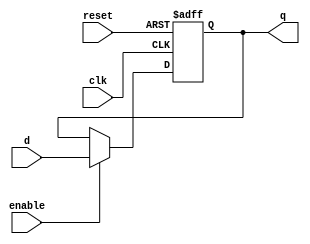
// dffe: D-type flip-flop with enable
//
// q      (output) - Current value of flip flop
// d      (input)  - Next value of flip flop
// clk    (input)  - Clock (positive edge-sensitive)
// enable (input)  - Load new value? (yes = 1, no = 0)
// reset  (input)  - Asynchronous reset   (reset =  1)
//
module dffe(q, d, clk, enable, reset);
   output q;
   reg    q;
   input  d;
   input  clk, enable, reset;


   always@(posedge clk or posedge reset)
     if (reset)
     begin
      q <= 1'b0;
     end
     else if (enable)
     begin
      q <= d;
     end
endmodule // dffe

// register: A register which may be reset to an arbirary value
//
// q      (output) - Current value of register
// d      (input)  - Next value of register
// clk    (input)  - Clock (positive edge-sensitive)
// enable (input)  - Load new value? (yes = 1, no = 0)
// reset  (input)  - Asynchronous reset    (reset = 1)
//
module register(q, d, clk, enable, reset);

    parameter
        width = 32,
        reset_value = 0;
 
    output reg [(width-1):0] q;
    input  [(width-1):0] d;
    input                clk, enable, reset;
 
    always@(posedge clk or posedge reset)
      if (reset == 1'b1)
        q <= reset_value;
      else if (enable == 1'b1)
        q <= d;
    
endmodule // register

////////////////////////////////////////////////////////////////////////
//
// Module: regfile
//
// Description:
//   A behavioral MIPS register file.  R0 is hardwired to zero.
//   Given that you won't write behavioral code, don't worry if you don't
//   understand how this works;  We have to use behavioral code (as 
//   opposed to the structural code you are writing), because of the 
//   latching by the the register file.
//
module regfile (rsData, rtData,
                rsNum, rtNum, rdNum, rdData, 
                rdWriteEnable, clock, reset);

    output [31:0] rsData, rtData;
    input   [4:0] rsNum, rtNum, rdNum;
    input  [31:0] rdData;
    input         rdWriteEnable, clock, reset;
    
    reg signed [31:0] r [0:31];
    integer i;

    always @(reset)
        if (reset == 1'b1)
        begin
            for(i = 0; i <= 31; i = i + 1)
                r[i] <= 0;
        end

    assign rsData = r[rsNum];
    assign rtData = r[rtNum];

    always @(posedge clock)
    begin
        if ((reset == 1'b0) && (rdWriteEnable == 1'b1) && (rdNum != 5'b0))
            r[rdNum] <= rdData;
    end

endmodule // regfile


// muxNv: N-input mux
module mux2v(out, A, B, sel);

   parameter
     width = 32;

   output [width-1:0] out;
   input  [width-1:0] A, B;
   input 	      sel;

   wire [width-1:0] temp1 = ({width{(!sel)}} & A);
   wire [width-1:0] temp2 = ({width{(sel)}} & B);
   assign out = temp1 | temp2;

endmodule // mux2v

module mux3v(out, A, B, C, sel);

   parameter
     width = 32;

   output [width-1:0] out;
   input  [width-1:0] A, B, C;
   input  [1:0]	      sel;
   wire   [width-1:0] wAB;

   mux2v #(width) mAB (wAB, A, B, sel[0]);
   mux2v #(width) mfinal (out, wAB, C, sel[1]);

endmodule // mux3v

module mux4v(out, A, B, C, D, sel);

   parameter
     width = 32;

   output [width-1:0] out;
   input  [width-1:0] A, B, C, D;
   input  [1:0]	      sel;
   wire   [width-1:0] wAB, wCD;

   mux2v #(width) mAB (wAB, A, B, sel[0]);
   mux2v #(width) mCD (wCD, C, D, sel[0]);
   mux2v #(width) mfinal (out, wAB, wCD, sel[1]);

endmodule // mux4v

module mux16v(out, A, B, C, D, E, F, G, H, I, J, K, L, M, N, O, P, sel);

   parameter
     width = 32;

   output [width-1:0] out;
   input [width-1:0]  A, B, C, D, E, F, G, H, I, J, K, L, M, N, O, P;
   input [3:0] 	      sel;

   wire [width-1:0]   wAB, wCD, wEF, wGH, wIJ, wKL, wMN, wOP;
   wire [width-1:0]   wABCD, wEFGH, wIJKL, wMNOP;
   wire [width-1:0]   wABCDEFGH, wIJKLMNOP;

   mux2v #(width)  mAB (wAB, A, B, sel[0]);
   mux2v #(width)  mCD (wCD, C, D, sel[0]);
   mux2v #(width)  mEF (wEF, E, F, sel[0]);
   mux2v #(width)  mGH (wGH, G, H, sel[0]);
   mux2v #(width)  mIJ (wIJ, I, J, sel[0]);
   mux2v #(width)  mKL (wKL, K, L, sel[0]);
   mux2v #(width)  mMN (wMN, M, N, sel[0]);
   mux2v #(width)  mOP (wOP, O, P, sel[0]);

   mux2v #(width)  mABCD (wABCD, wAB, wCD, sel[1]);
   mux2v #(width)  mEFGH (wEFGH, wEF, wGH, sel[1]);
   mux2v #(width)  mIJKL (wIJKL, wIJ, wKL, sel[1]);
   mux2v #(width)  mMNOP (wMNOP, wMN, wOP, sel[1]);

   mux2v #(width)  mABCDEFGH (wABCDEFGH, wABCD, wEFGH, sel[2]);
   mux2v #(width)  mIJKLMNOP (wIJKLMNOP, wIJKL, wMNOP, sel[2]);

   mux2v #(width)  mfinal (out, wABCDEFGH, wIJKLMNOP, sel[3]);

endmodule // mux16v

module mux32v(out, a, b, c, d, e, f, g, h, i, j, k, l, m, n, o, p,
	          A, B, C, D, E, F, G, H, I, J, K, L, M, N, O, P, sel);

   parameter
     width = 32;

   output [width-1:0] out;
   input [width-1:0]  a, b, c, d, e, f, g, h, i, j, k, l, m, n, o, p;
   input [width-1:0]  A, B, C, D, E, F, G, H, I, J, K, L, M, N, O, P;
   input [4:0] 	      sel;
   wire [width-1:0]   wUPPER, wlower;

   mux16v #(width) m0(wlower, a, b, c, d, e, f, g, h, i, j, k, l, m, n, o, p, sel[3:0]);
   mux16v #(width) m1(wUPPER, A, B, C, D, E, F, G, H, I, J, K, L, M, N, O, P, sel[3:0]);
   mux2v  #(width) mfinal (out, wlower, wUPPER, sel[4]);

endmodule // mux32v

module halfadder(s, c, a, b);
    output s, c;
    input  a, b;
    wire   w1, w2, not_a, not_b;

    // the "c" output is just the AND of the two inputs
    and a1(c, a, b);

    // the "s" output is 1 only when exactly one of the inputs is 1
    not n1(not_a, a);
    not n2(not_b, b);
    and a2(w1, a, not_b);
    and a3(w2, b, not_a);
    or  o1(s, w1, w2);
endmodule

module fulladder(s, cout, a, b, cin);
   output s, cout;
   input  a, b, cin;
   wire   partial_s, partial_c1, partial_c2;

   halfadder ha0(partial_s, partial_c1, a, b);
   halfadder ha1(s, partial_c2, partial_s, cin);
   or  o1(cout, partial_c1, partial_c2);

endmodule

module DecimalDigitDecoder(
	input [15:0] binary,
	output reg [3:0] tenthousands,
	output reg [3:0] thousands,
	output reg [3:0] hundreds,
	output reg [3:0] tens,
	output reg [3:0] ones
	);
	integer i;
	always @(binary)
	begin
		tenthousands = 4'd0;
		thousands = 4'd0;
		hundreds = 4'd0;
		tens = 4'd0;
		ones = 4'd0;

		for(i=15;i>=0;i=i-1)
		begin
		    if(tenthousands>=5)
                tenthousands=tenthousands+3;
		    if(thousands>=5)
                thousands=thousands+3;
			if(hundreds>=5)
				hundreds=hundreds+3;
			if(tens>=5)
				tens=tens+3;
			if(ones>=5)
				ones=ones+3;

			tenthousands = tenthousands << 1;
            tenthousands[0] = thousands[3];

			thousands = thousands << 1;
            thousands[0] = hundreds[3];

			hundreds = hundreds << 1;
			hundreds[0] = tens[3];

			tens = tens << 1;
			tens[0] = ones[3];

			ones = ones << 1;
			ones[0] = binary[i];
		end
	end
endmodule